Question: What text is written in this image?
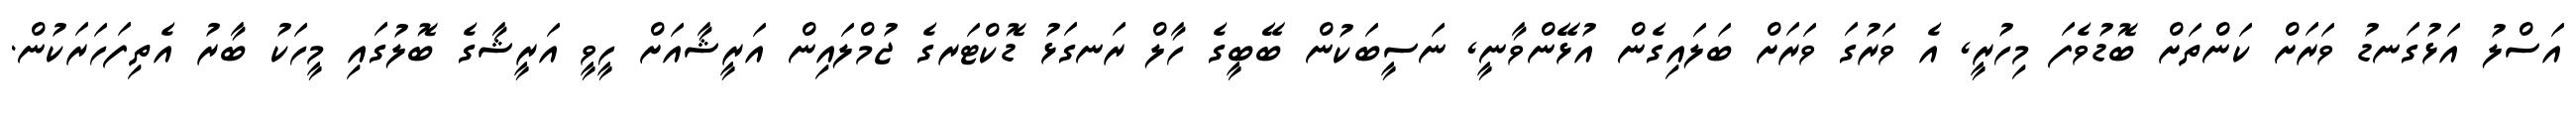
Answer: އަސްލު އަޅުގަނޑު ވަރަށް ކަންތަށް ބޮޑުވެފަ މިހުރީ, އެ ވަރުގަ ވަރަށް ބަލައިގެން އުޅޭންވާނީ, ނަސީބަކުން ބޭބީގެ ހާލް ރަނގަޅު ޑޮކްޓަރގެ ޖުމްލައިން އަރީޝާއަށް ހީވީ އަރީޝާގެ ބޮލުގައި މީހަކު ބާރު އެތިފަހަރަކުން.